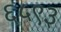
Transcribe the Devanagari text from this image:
६५९३